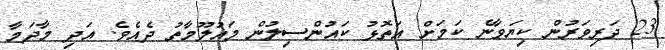
23 ދަރިވަރުން ކިޔަވާނެ ކަމަށް އަތޮޅު ކައުންސިލުން މައުލޫމާތު ދެއެވެ. އަދި މާދަމާ